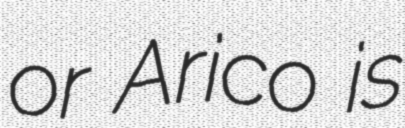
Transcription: or Arico is